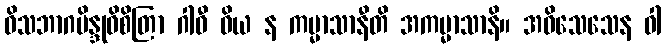
ဝိသဘာဂဗိန္ဒုဝိစိတြာ ဂါဝီ ဝိယ န ကမ္မာသာနီတိ အကမ္မာသာနိ။ အဝိသေသေန ဝါ